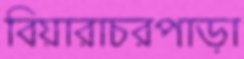
বিয়ারাচরপাড়া